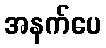
အနက်ပေ